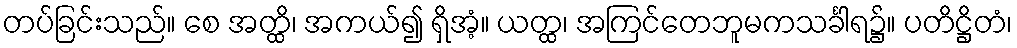
တပ်ခြင်းသည်။ စေ အတ္ထိ၊ အကယ်၍ ရှိအံ့။ ယတ္ထ၊ အကြင်တေဘူမကသင်္ခါရ၌။ ပတိဋ္ဌိတံ၊